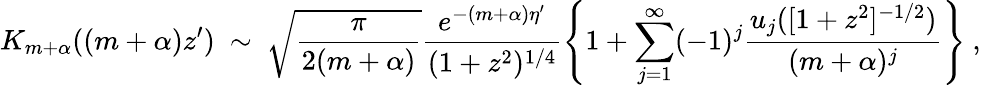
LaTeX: K_{m+\alpha}((m+\alpha)z^{\prime})\ \sim\ \sqrt{\frac{\pi}{2(m+\alpha)}}\frac{e^{-(m+\alpha)\eta^{\prime}}}{(1+z^{2})^{1/4}}\left\{ 1+\sum_{j=1}^{\infty}(-1)^{j}\frac{u_{j}([1+z^{2}]^{-1/2})}{(m+\alpha)^{j}}\right\} \ ,